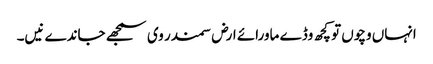
انہاں وچو‏ں تو کچھ وڈے ماورائے ارض سمندر وی سمجھ‏‏ے جاندے نیں۔